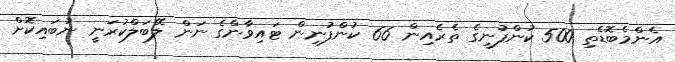
އެންމެބޮޑެތި 500 ކުންފުނީގެ ތެރެއިން 66 ކުންފުނިން ޓައިވާންގެ ނަން ލޭބަލްކުރަނީ ނުބައިކޮށް